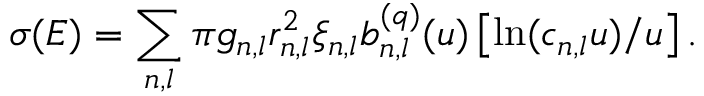
\sigma ( E ) = \sum _ { n , l } \pi g _ { n , l } r _ { n , l } ^ { 2 } \xi _ { n , l } b _ { n , l } ^ { ( q ) } ( u ) \left[ \ln ( c _ { n , l } u ) / u \right] .